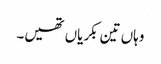
وہاں تین بکریاں تھیں۔